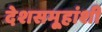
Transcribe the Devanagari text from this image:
देशसमू्हांशी